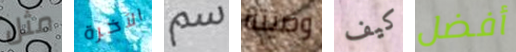
مثل الآخرة سم وصيته كيف أفضل